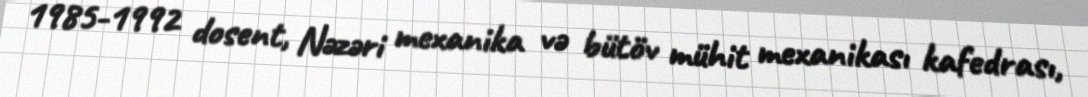
1985-1992 dosent, Nəzəri mexanika və bütöv mühit mexanikası kafedrası,